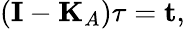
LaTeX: (\mathbf{I}-\mathbf{K}_{A})\mathbf{\tau}=\mathbf{t},